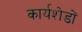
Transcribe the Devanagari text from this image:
कार्यशेडों